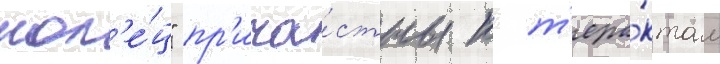
кол'е́ц" пр'ича́стны к т'ера́ктам